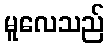
မူလေသည်